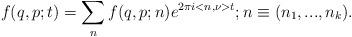
LaTeX: \begin{align*}f(q,p;t)=\sum_{n}f(q,p;n)e^{2{\pi}i<n,\nu>t} ; n\equiv(n_1,...,n_k) .\end{align*}